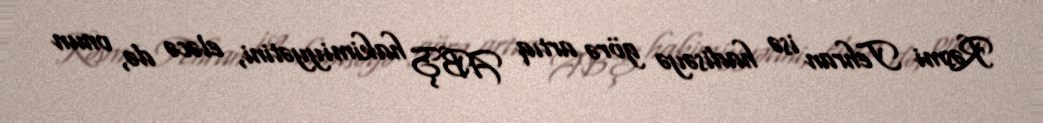
Rəsmi Tehran isə hadisəyə görə artıq ABŞ hakimiyyətini, eləcə də, onun